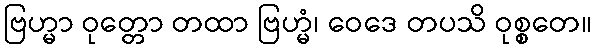
ဗြဟ္မာ ဝုတ္တော တထာ ဗြဟ္မံ၊ ဝေဒေ တပသိ ဝုစ္စတေ။